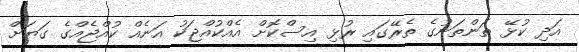
އަދި ކުޅޭ ތަންތަނުގެ ތެރޭގައި ރުޅި އިސްކޮށް އެއްކުއްޖަކު އަނެއް ކުއްޖެއްގެ ގަޔަށް